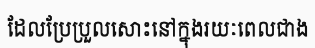
ដែលប្រែប្រួលសោះនៅក្នុងរយៈពេលជាង